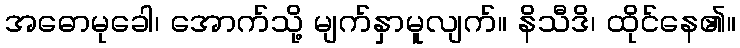
အဓောမုခေါ၊ အောက်သို့ မျက်နှာမူလျက်။ နိသီဒိ၊ ထိုင်နေ၏။